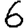
Digit: 6